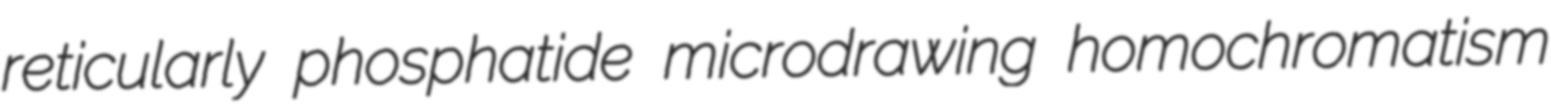
reticularly phosphatide microdrawing homochromatism